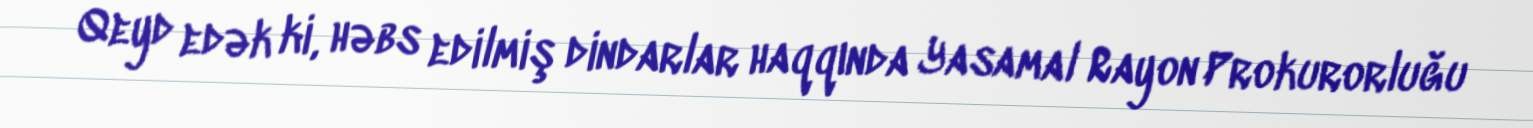
Qeyd edək ki, həbs edilmiş dindarlar haqqında Yasamal Rayon Prokurorluğu